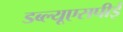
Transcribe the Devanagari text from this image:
डब्ल्यूएसपीई